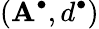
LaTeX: (\mathbf{A}^{\bullet},d^{\bullet})